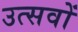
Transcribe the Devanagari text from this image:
उत्‍सवों